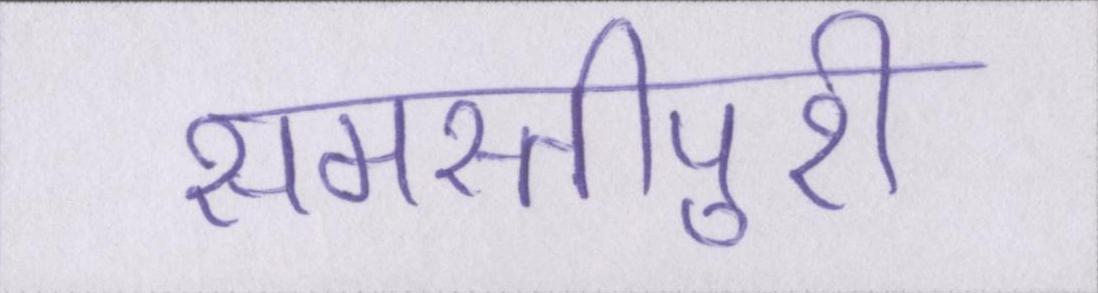
समस्तीपुरी